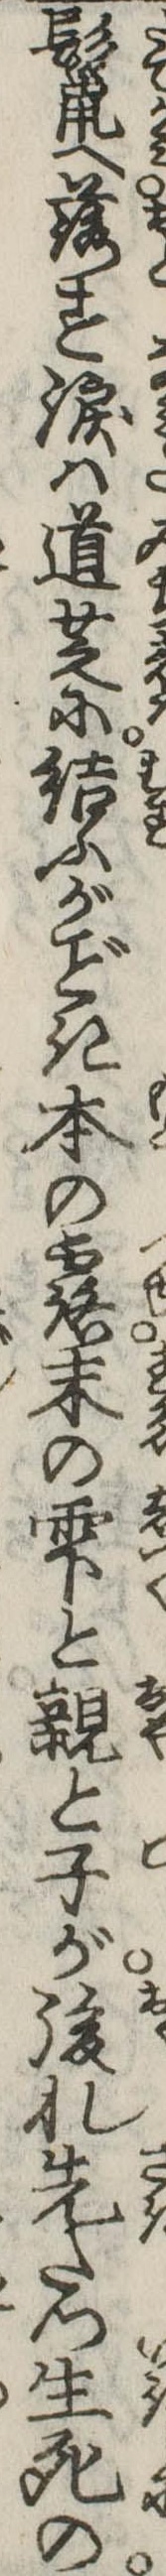
鬣へ落す涙は道芝に結ふがき本の露末の雫と親と子が後れ先たつ生死の